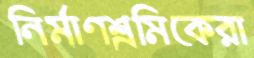
নির্মাণশ্রমিকেরা